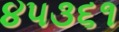
૪૫૩૬૧